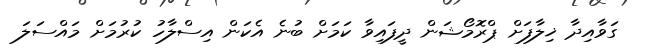
ގަވާއިދާ ޚިލާފަށް ޕްރޮމޯޝަން ދީފައިވާ ކަމަށް ބުނެ އެކަން އިސްލާހު ކުރުމަށް މައްސަލަ